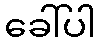
ခေါ်ပါ